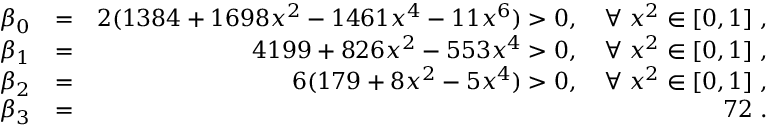
\begin{array} { r l r } { \beta _ { 0 } } & { = } & { 2 ( 1 3 8 4 + 1 6 9 8 x ^ { 2 } - 1 4 6 1 x ^ { 4 } - 1 1 x ^ { 6 } ) > 0 , \quad \forall \; x ^ { 2 } \in [ 0 , 1 ] \; , } \\ { \beta _ { 1 } } & { = } & { 4 1 9 9 + 8 2 6 x ^ { 2 } - 5 5 3 x ^ { 4 } > 0 , \quad \forall \; x ^ { 2 } \in [ 0 , 1 ] \; , } \\ { \beta _ { 2 } } & { = } & { 6 ( 1 7 9 + 8 x ^ { 2 } - 5 x ^ { 4 } ) > 0 , \quad \forall \; x ^ { 2 } \in [ 0 , 1 ] \; , } \\ { \beta _ { 3 } } & { = } & { 7 2 \; . } \end{array}